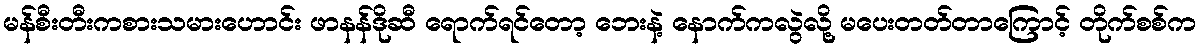
မန်စီးတီးကစားသမားဟောင်း ဖာနန်ဒိုဆီ ရောက်ရင်တော့ ဘေးနဲ့ နောက်ကလွဲလို့ မပေးတတ်တာကြောင့် တိုက်စစ်က